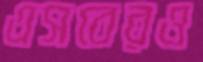
এসবেরও